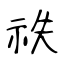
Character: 祑